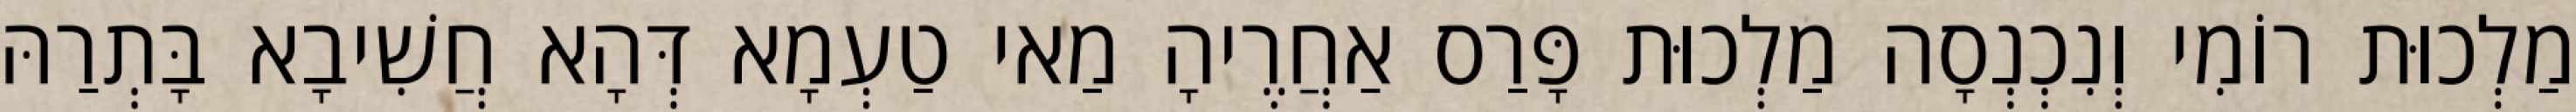
מַלְכוּת רוֹמִי וְנִכְנְסָה מַלְכוּת פָּרַס אַחֲרֶיהָ מַאי טַעְמָא דְּהָא חֲשִׁיבָא בָּתְרַהּ